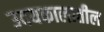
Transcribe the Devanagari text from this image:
उदयकालातील